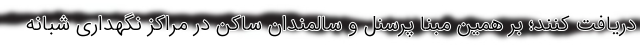
دریافت کنند؛ بر همین مبنا پرسنل و سالمندان ساکن در مراکز نگهداری شبانه